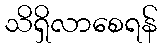
သိရှိလာစေရန်